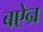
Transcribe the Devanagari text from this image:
बऐन्र